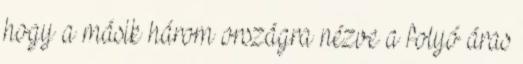
hogy a másik három országra nézve a folyó áras